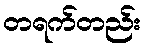
တရက်တည်း